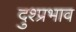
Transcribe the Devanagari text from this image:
दुश्प्रभाव